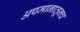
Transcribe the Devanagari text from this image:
अपमानातूनच